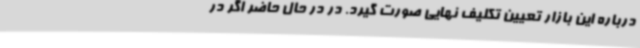
درباره این بازار تعیین تکلیف نهایی صورت گیرد. در در حال حاضر اگر در